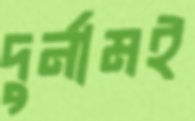
দুর্নামই